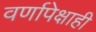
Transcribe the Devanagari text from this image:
वर्णापेक्षाही